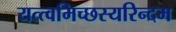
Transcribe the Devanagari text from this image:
यत्त्वमिच्छस्यरिन्दम